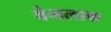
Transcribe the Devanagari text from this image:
वेनलाक